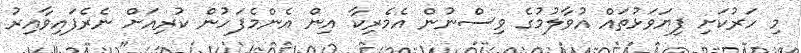
މި ހަރުކަށި ފިޔަވަޅުތައް އުވާލުމުގެ ވިސްނުން އެމެރިކާ އިން އެންމެފަހުން ކުރިއަށް ނެރެފައިވާއިރު